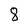
Character: 8